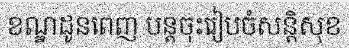
ខណ្ឌដូនពេញ បន្តចុះរៀបចំសន្តិសុខ